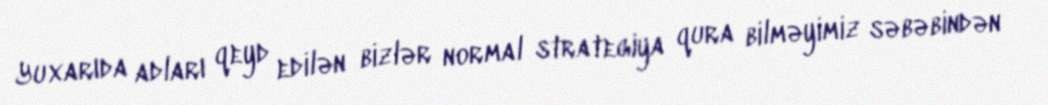
Yuxarıda adları qeyd edilən bizlər normal strategiya qura bilməyimiz səbəbindən